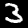
Label: 3